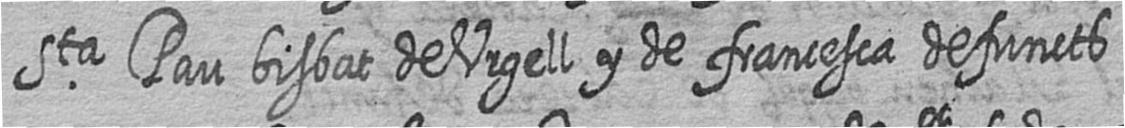
Sta Pau bisbat de Urgell y de francesca defuncts